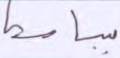
بباسط